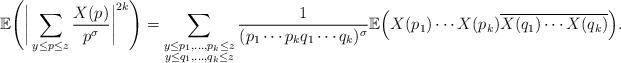
LaTeX: \begin{align*}\mathbb E\Bigg( \bigg|\sum_{y \leq p \leq z} \frac{X(p)}{p^{\sigma}} \bigg|^{2k} \Bigg)=\sum_{\substack{y \leq p_1, \ldots, p_k \leq z \\y \leq q_1, \ldots, q_k \leq z}}\frac{1}{(p_1 \cdots p_k q_1 \cdots q_k)^{\sigma}}\mathbb E\Big(X(p_1)\cdots X(p_k) \overline{X(q_1)\cdots X(q_k)}\Big).\end{align*}